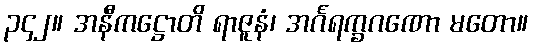
၃၄၂။ အနီကဋ္ဌောတိ ရာဇူနံ၊ အင်္ဂရက္ခဂဏော မတော။